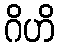
ဂိဟိ